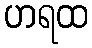
ဟရထ